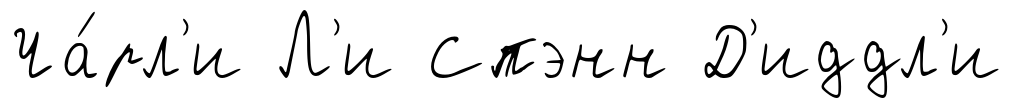
Ча́рл'и Л'и Спэнн Д'иддл'и